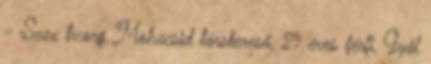
- Szex tv.org Mohacsid társkereső, 29 éves férfi, Gyál